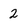
Character: 2